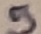
Text: 5